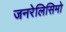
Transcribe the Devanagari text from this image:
जनरेलिसिमो